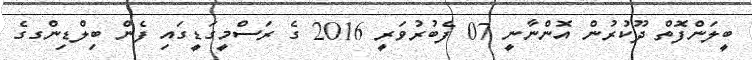
ބީލަންފޮތް ދޫކުރުން އޮންނާނީ 07 ފެބުރުވަރީ 2016 ގެ ރަސްމީގަޑީގައި ފެން ބިލްޑިންގގެ